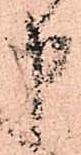
申